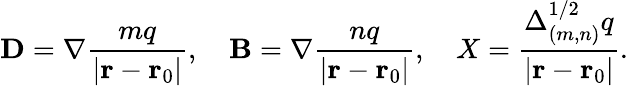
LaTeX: {\mathbf D}=\nabla{\frac{mq}{|{\mathbf r}-{\mathbf r}_{0}|}},\ \ \ \ {\mathbf B}=\nabla{\frac{nq}{|{\mathbf r}-{\mathbf r}_{0}|}},\ \ \ \ X={\frac{\Delta_{(m,n)}^{1/2}q}{|{\mathbf r}-{\mathbf r}_{0}|}}.